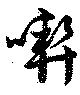
喫